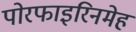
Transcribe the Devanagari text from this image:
पोरफाइरिनमेह